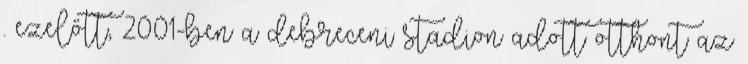
. ezelőtt, 2001-ben a debreceni stadion adott otthont az